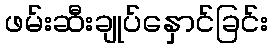
ဖမ်းဆီးချုပ်နှောင်ခြင်း